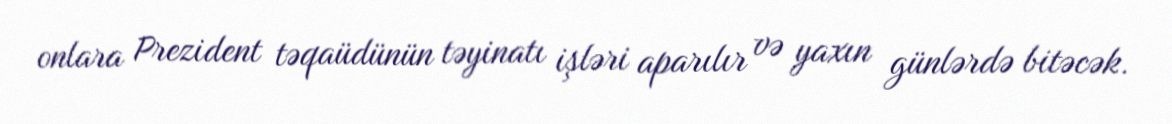
onlara Prezident təqaüdünün təyinatı işləri aparılır və yaxın günlərdə bitəcək.